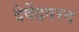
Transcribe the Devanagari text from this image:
देवेंद्रवरद